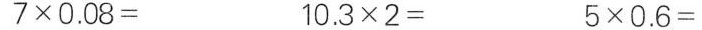
$$7 \times 0 . 0 8 =$$ $$1 0 . 3 \times 2 =$$